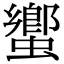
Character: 蠁